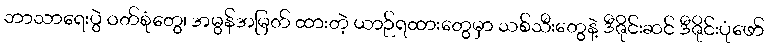
ဘာသာရေးပွဲ ဝတ်စုံတွေ၊ အမွန်အမြတ် ထားတဲ့ ယာဉ်ရထားတွေမှာ သစ်သီးတွေနဲ့ ဒီဇိုင်းဆင် ဒီဇိုင်းပုံဖော်